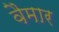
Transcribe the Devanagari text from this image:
वैमार